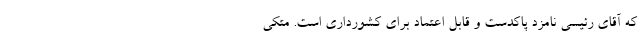
که آقای رئیسی نامزد پاکدست و قابل اعتماد برای کشورداری است. متکی